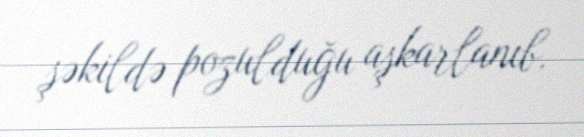
şəkildə pozulduğu aşkarlanıb.